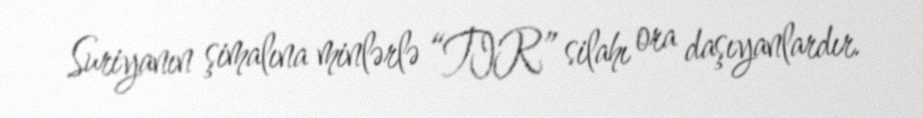
Suriyanın şimalına minlərlə “TIR” silahı ora daşıyanlardır.